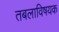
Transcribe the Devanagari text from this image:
तबलाविषयक